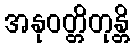
အနုဝတ္တိတုန္တိ